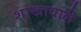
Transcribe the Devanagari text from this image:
शाखावाले